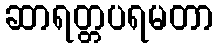
ဆာရတ္တပရမတာ